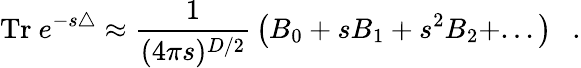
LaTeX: \mathrm{Tr}~e^{-s\triangle}\approx{\frac{1}{(4\pi s)^{D/2}}}\left(B_{0}+sB_{1}+s^{2}B_{2}+...\right)~~~.